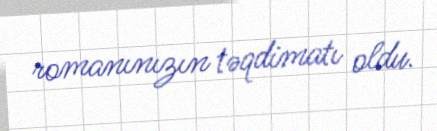
romanınızın təqdimatı oldu.